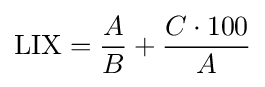
{\text{LIX}}={\frac {A}{B}}+{\frac {C\cdot 100}{A}}